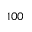
1 0 0